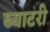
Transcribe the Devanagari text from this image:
ब्याटरी